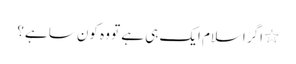
٭ اگر اسلام ایک ہی ہے تو وہ کون سا ہے؟